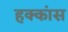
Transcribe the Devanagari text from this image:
हक्कांस